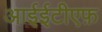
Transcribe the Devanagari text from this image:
आईईटीएफ़